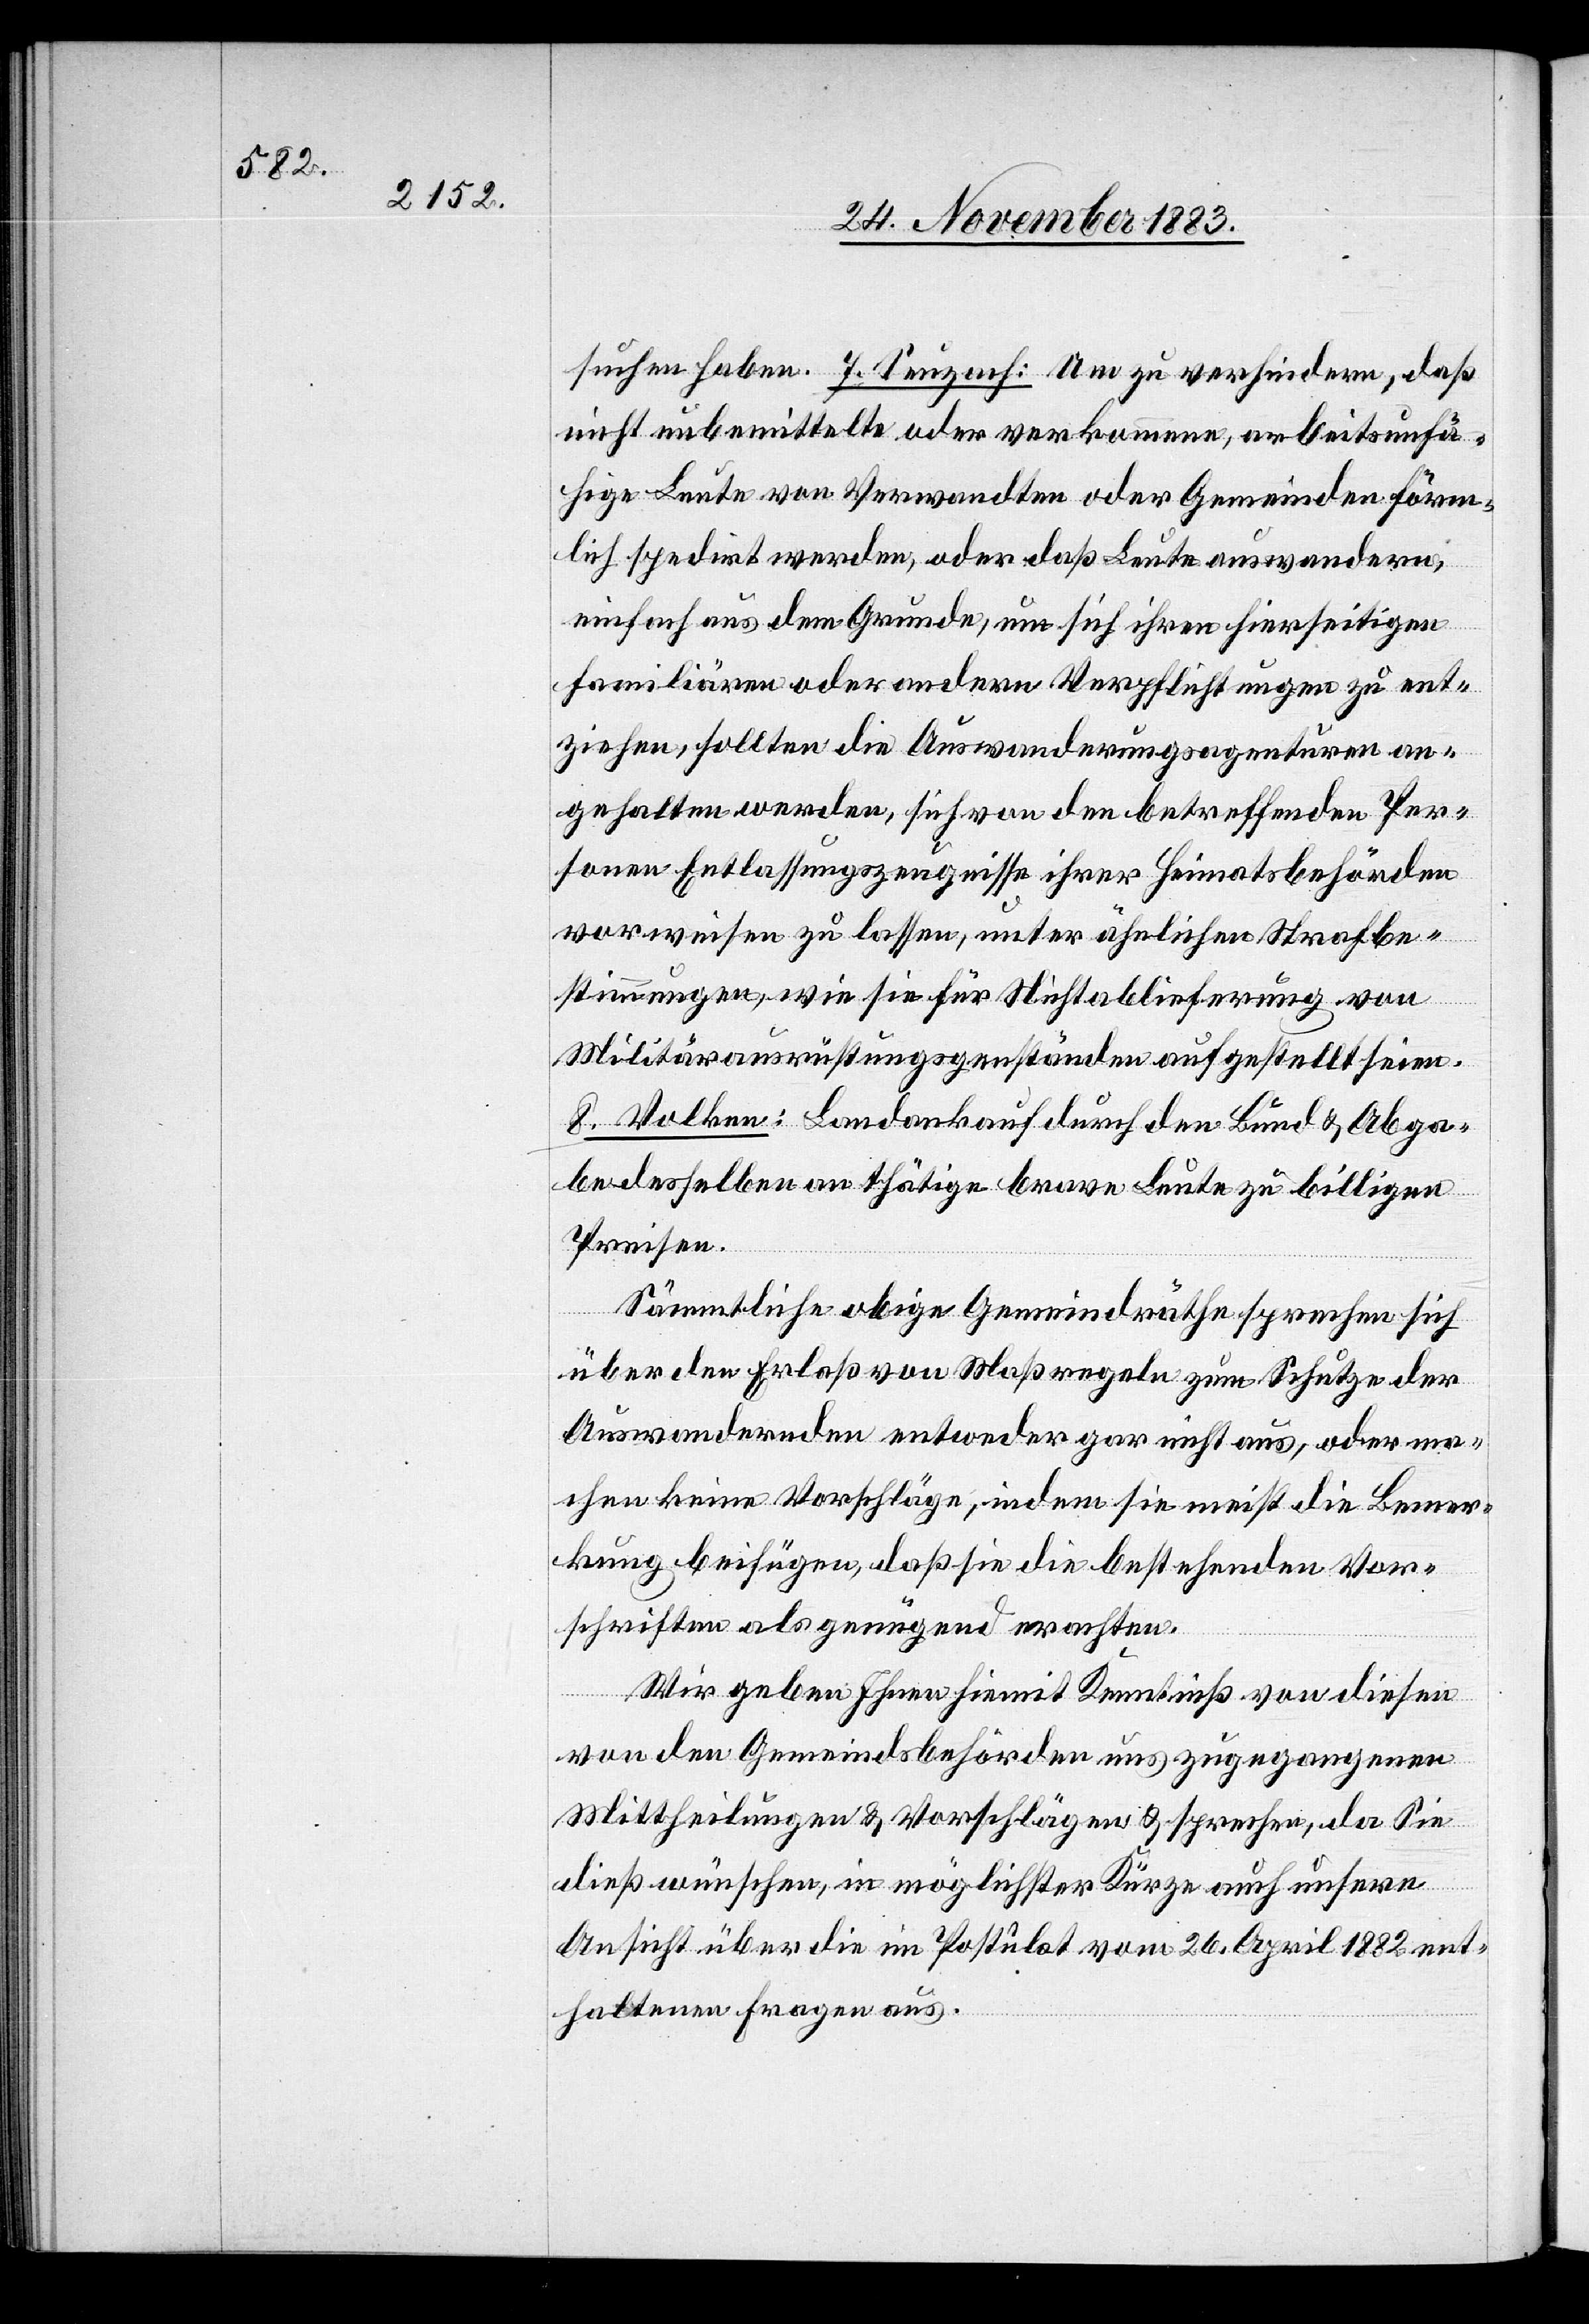
suchen haben. 7. Seuzach: Um zu verhindern, daß
nicht unbemittelte oder verkommene, arbeitsunfä¬
hige Leute von Verwandten oder Gemeinden förm¬
lich spedirt werden, oder daß Leute auswandern,
einfach aus dem Grunde, um sich ihren hierseitigen
familiären oder andern Verpflichtungen zu ent¬
ziehen, sollten die Auswanderungsagenturen an¬
gehalten werden, sich von den betreffenden Per¬
sonen Entlassungszeugnisse ihrer Heimatsbehörden
vorweisen zu lassen, unter ähnlichen Strafbe¬
stimmungen, wie sie für Nichtablieferung von
Militärausrüstungsgegenständen aufgestellt seien.
8. Volken: Landankauf durch den Bund & Abga¬
be desselben an thätige brave Leute zu billigen
Preisen.
Sämmtliche obige Gemeindräthe sprechen sich
über den Erlaß von Maßregeln zum Schutze der
Auswandernden entweder gar nicht aus, oder ma¬
chen keine Vorschläge, indem sie meist die Bemer¬
kung beifügen, daß sie die bestehenden Vor¬
schriften als genügend erachten.
Wir geben Ihnen hiemit Kenntniß von diesen
von den Gemeindsbehörden uns zugegangenen
Mittheilungen & Vorschlägen & sprechen, da Sie
dieß wünschen, in möglichster Kürze auch unsere
Ansicht über die im Postulat vom 26. April 1882 ent¬
haltenen Fragen aus.